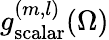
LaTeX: g_{\mathrm{scalar}}^{(m,l)}(\Omega)